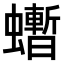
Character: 𧔜